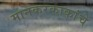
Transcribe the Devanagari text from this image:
मानकरकाकांचे